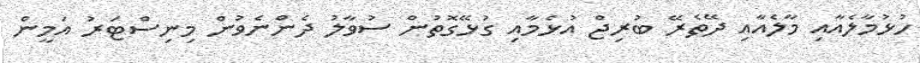
ހުޅުމާލެއާއި މާލެއާއި ދޭތެރޭ ބުރިޖް އުޅެމާއި ގުޅޭގޮތުން ސުވާލު ދެންނެވުން މިނިސްޓަރު އަމީން